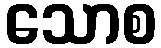
သောစ